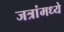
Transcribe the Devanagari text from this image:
जत्रांमध्ये